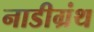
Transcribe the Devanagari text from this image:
नाडीग्रंथ